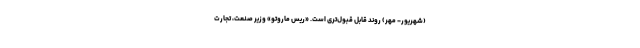
(شهریور- مهر) روند قابل قبول‌تری است. «رِیِس ماروتو» وزیر صنعت، تجارت